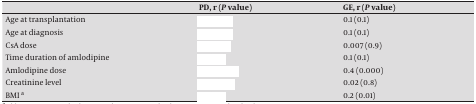
<table><thead><tr><td>[EMPTY_CELL]</td><td><b>PD, r (P value)</b></td><td><b>GE, r (P value)</b></td></tr></thead><tbody><tr><td>Age at transplantation</td><td>[EMPTY_CELL]</td><td>0.1 (0.1)</td></tr><tr><td>Age at diagnosis</td><td>[EMPTY_CELL]</td><td>0.1 (0.1)</td></tr><tr><td>CsA dose</td><td>[EMPTY_CELL]</td><td>0.007 (0.9)</td></tr><tr><td>Time duration of amlodipine</td><td>[EMPTY_CELL]</td><td>0.1 (0.1)</td></tr><tr><td>Amlodipine dose</td><td>[EMPTY_CELL]</td><td>0.4 (0.000)</td></tr><tr><td>Creatinine level</td><td>[EMPTY_CELL]</td><td>0.02 (0.8)</td></tr><tr><td>BMI <sup>a</sup></td><td>[EMPTY_CELL]</td><td>0.2 (0.01)</td></tr></tbody></table>